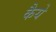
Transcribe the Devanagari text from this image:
कैये